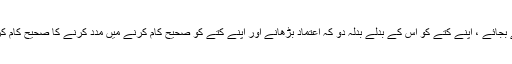
اس کے بجائے ، اپنے کتے کو اس کے بدلے بدلہ دو کہ اعتماد بڑھانے اور اپنے کتے کو صحیح کام کرنے میں مدد کرنے کا صحیح کام کرتا ہے۔